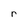
Character: r